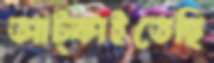
আট্‌কাইতেছি